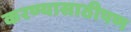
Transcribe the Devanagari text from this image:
करण्यासाठीपण